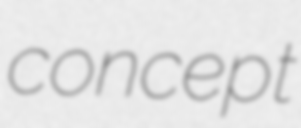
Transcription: concept